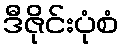
ဒီဇိုင်းပုံစံ